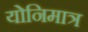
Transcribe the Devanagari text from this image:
योनिमात्र